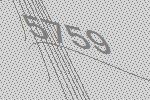
5759